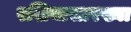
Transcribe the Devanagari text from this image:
रशियासारख्या